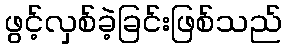
ဖွင့်လှစ်ခဲ့ခြင်းဖြစ်သည်